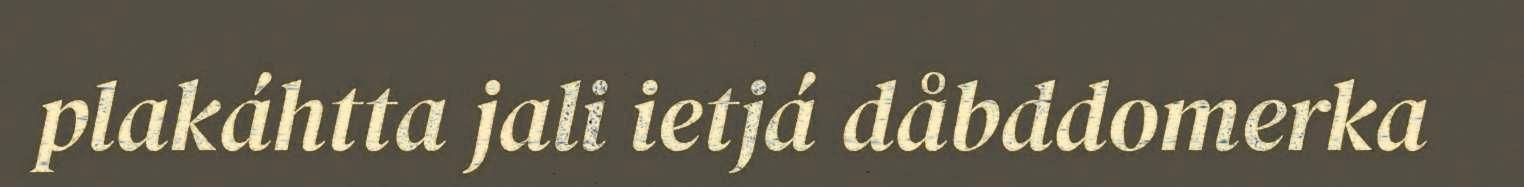
plakáhtta jali ietjá dåbddomerka